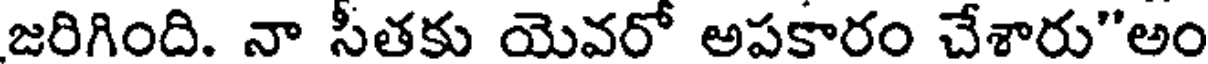
జరిగింది. నా సీతకు యెవరో అపకారం చేశారు"అం